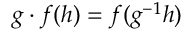
g \cdot f ( h ) = f ( g ^ { - 1 } h )